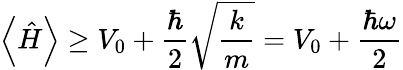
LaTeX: \left\langle{\hat{H}}\right\rangle\geq V_{0}+{\frac{\hbar}{2}}{\sqrt{\frac{k}{m}}}=V_{0}+{\frac{\hbar\omega}{2}}